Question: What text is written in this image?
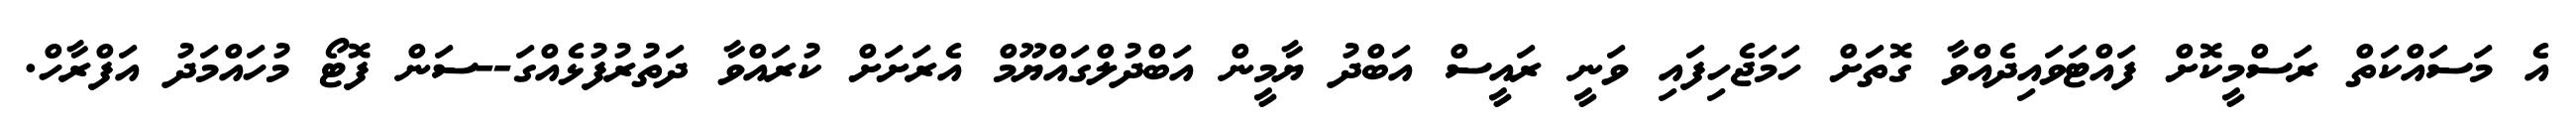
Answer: އެ މަސައްކަތް ރަސްމީކޮށް ފައްޓަވައިދެއްވާ ގޮތަށް ހަމަޖެހިފައި ވަނީ ރައީސް އަބްދު ޔާމީން އަބްދުލްގައްޔޫމް އެރަށަށް ކުރައްވާ ދަތުރުފުޅެއްގަ--ސަން ފޮޓޯ މުހައްމަދު އަފްރާހް.